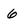
Character: 6